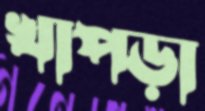
খাপড়া